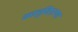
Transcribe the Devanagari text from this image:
कालूवितरणा